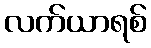
လက်ယာရစ်